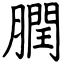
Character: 膶